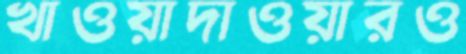
খাওয়াদাওয়ারও